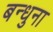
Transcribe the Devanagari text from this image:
बन्धुना